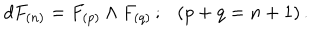
d F _ { ( n ) } = F _ { ( p ) } \wedge F _ { ( q ) } \, ; \ \ \ ( p + q = n + 1 ) \, .